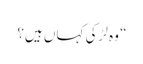
“ وہ لڑکی کہاں ہیں؟